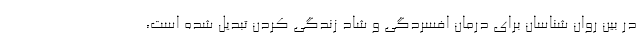
در بین روان شناسان برای درمان افسردگی و شاد زندگی کردن تبدیل شده است،